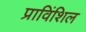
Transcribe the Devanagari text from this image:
प्राविंशिल